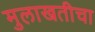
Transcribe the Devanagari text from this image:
मुलाखतीचा